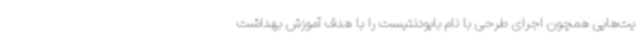
یت‌هایی همچون اجرای طرحی با نام بایودنتیست را با هدف آموزش بهداشت